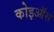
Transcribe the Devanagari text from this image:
कोइऑस